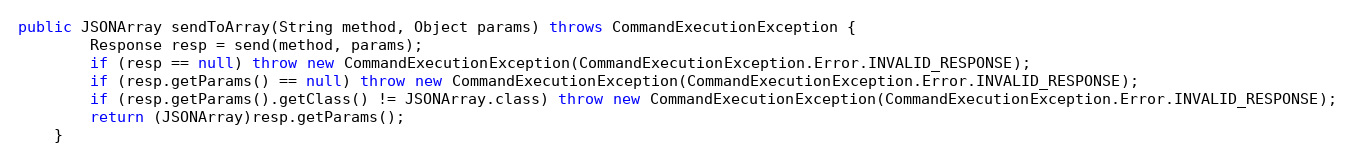
Language: Java
public JSONArray sendToArray(String method, Object params) throws CommandExecutionException {
        Response resp = send(method, params);
        if (resp == null) throw new CommandExecutionException(CommandExecutionException.Error.INVALID_RESPONSE);
        if (resp.getParams() == null) throw new CommandExecutionException(CommandExecutionException.Error.INVALID_RESPONSE);
        if (resp.getParams().getClass() != JSONArray.class) throw new CommandExecutionException(CommandExecutionException.Error.INVALID_RESPONSE);
        return (JSONArray)resp.getParams();
    }